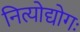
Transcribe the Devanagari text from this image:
नित्योद्योगः